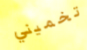
تخميني